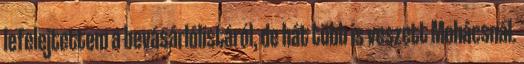
lefelejtettem a bevásárlólistáról, de hát több is veszett Mohácsnál.